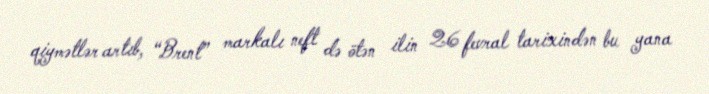
qiymətlər artıb, “Brent” markalı neft də ötən ilin 26 fevral tarixindən bu yana